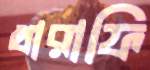
খারাফি